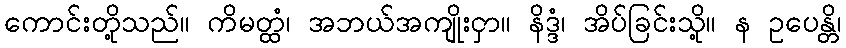
ကောင်းတို့သည်။ ကိမတ္ထံ၊ အဘယ်အကျိုးငှာ။ နိဒ္ဒံ၊ အိပ်ခြင်းသို့။ န ဥပေန္တိ၊